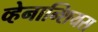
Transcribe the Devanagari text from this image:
व्हेनान्शियस